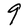
Character: g